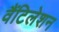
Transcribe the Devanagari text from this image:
वैंटिलेशन